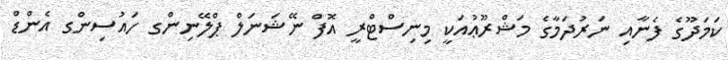
ކަމަދޫގެ ފެނާއި ނަރުދަމާގެ މަޝްރޫޢުއަކީ މިނިސްޓްރީ އޮފް ނޭޝަނަލް ޕްލޭނިންގ ހައުސިންގ އެންޑް